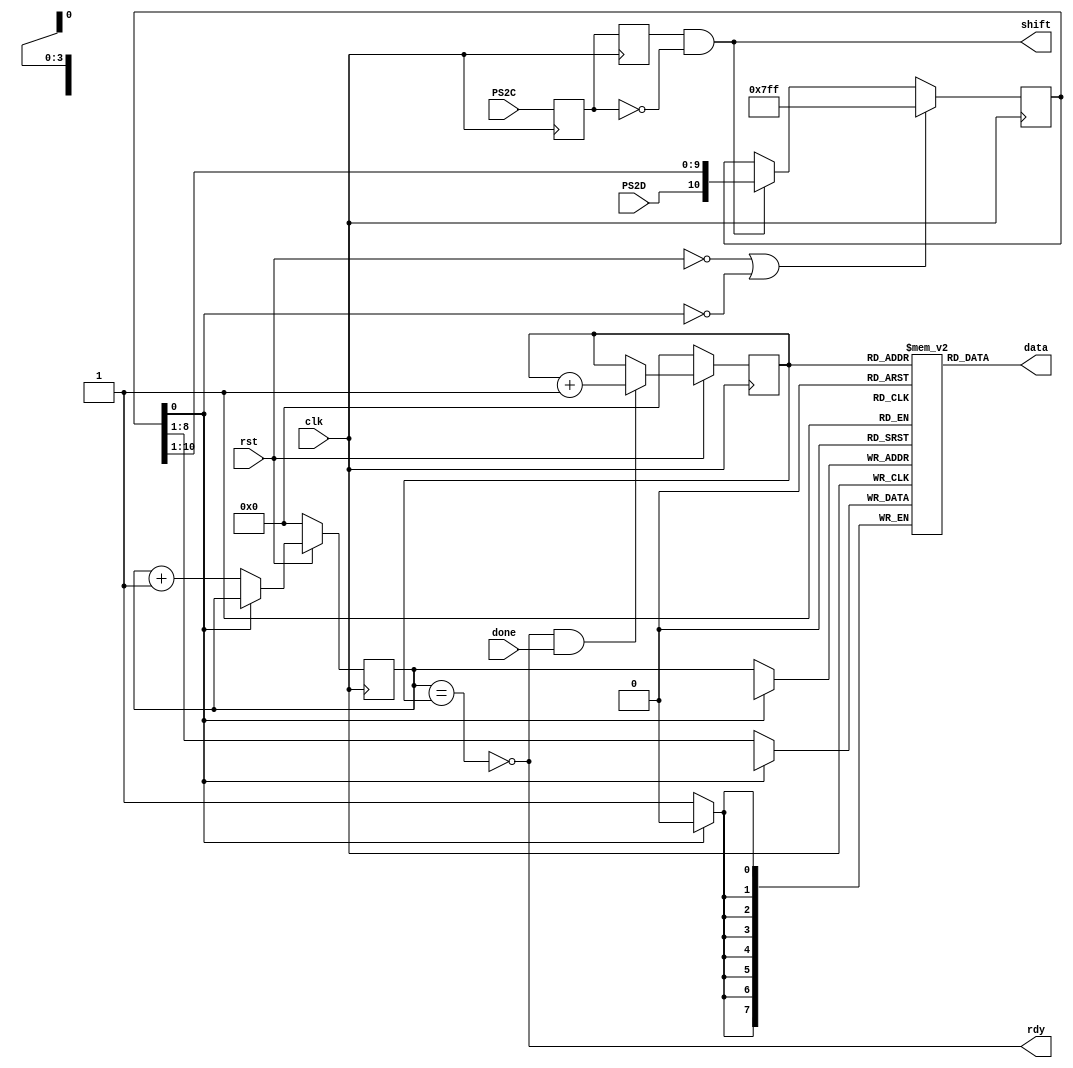
`timescale 1ns / 1ps  // NW 20.10.2012
// PS2 receiver for keyboard, 8 bit data
// clock is 25 MHz; 25000 / 1302 = 19.2 KHz

module PS2(
    input clk, rst,
    input done,   // "byte has been read"
    output rdy,   // "byte is available"
    output shift, // shift in, tramsmitter
    output [7:0] data,
    input PS2C,   // serial input
    input PS2D);
	 
reg Q0, Q1;  // synchronizer and falling edge detector
reg [10:0] shreg;
reg [3:0] inptr, outptr;
reg [7:0] fifo [15:0];  // 16 byte buffer
wire endbit;

assign endbit = ~shreg[0];  //start bit reached correct pos
assign shift = Q1 & ~Q0;
assign data = fifo[outptr];
assign rdy = ~(inptr == outptr);

always @ (posedge clk) begin
  Q0 <= PS2C; Q1 <= Q0;
  shreg <= (~rst | endbit) ? 11'h7FF :
    shift ? {PS2D, shreg[10:1]} : shreg;
  outptr <= ~rst ? 0 : rdy & done ? outptr+1 : outptr;
  inptr <= ~rst ? 0 : endbit ? inptr+1 : inptr;
  if (endbit) fifo[inptr] <= shreg[8:1];
end	 
endmodule